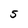
Character: 5